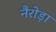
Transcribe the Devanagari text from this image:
नैरोड़ा